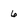
Character: 6